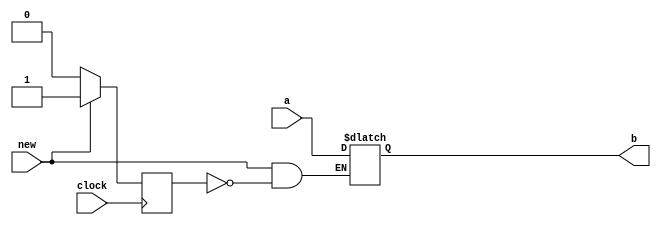
module latch_a( 
input [31:0] a,
input new,clock,
output reg [31:0] b

);
reg c;

always @(*) begin
	if(new && !c) begin
		b<=a;
	end
	else begin
		b<=b;
	end
end  



always @ (negedge clock) begin
	if (new) begin
		c <= 1'b1;
	end
	else c<= 1'b0;
end 

endmodule